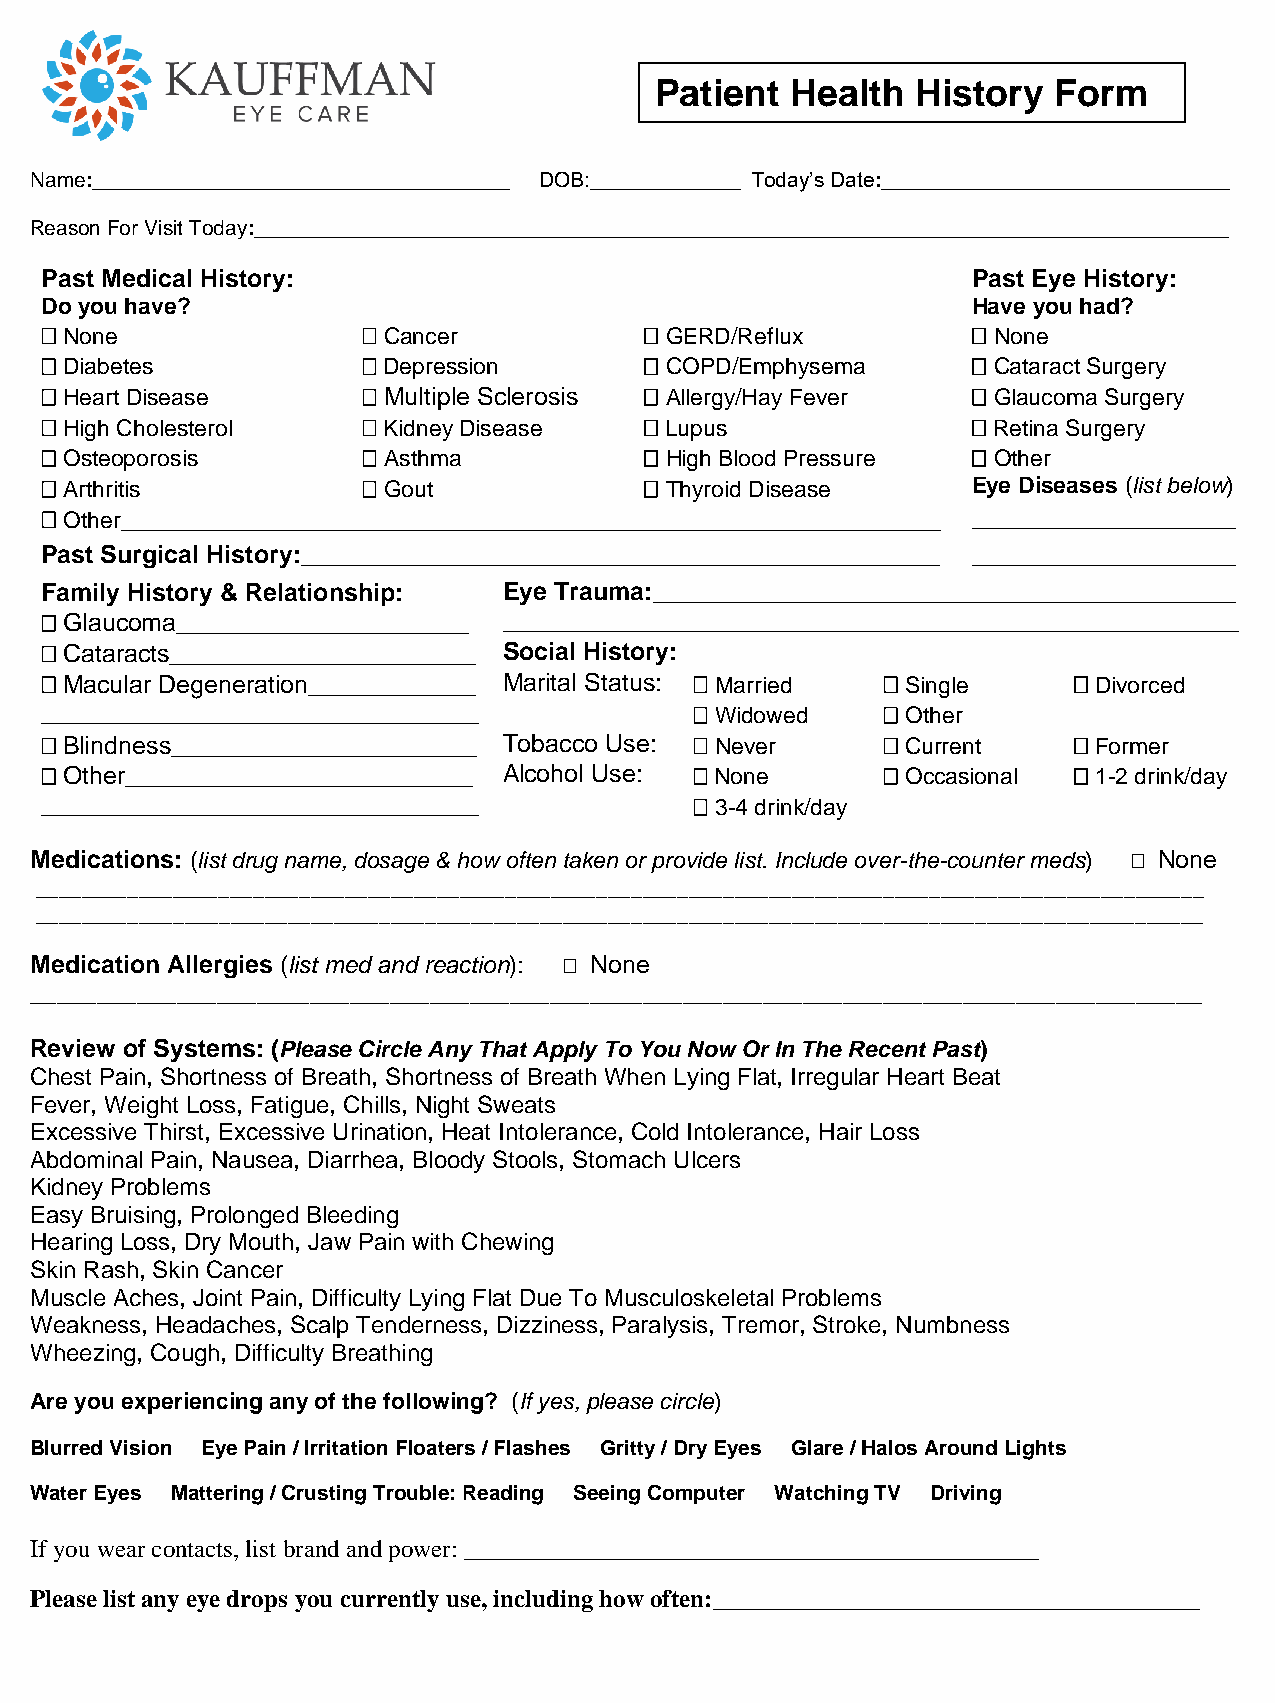
Patient  Health   History  Form
 Name:____________________________________ DOB:_____________ Today’s Date:______________________________
 Reason For Visit Today:____________________________________________________________________________________
 Past Medical History:                                        Past Eye History:
 Do you have?                                                 Have you had?
  None                Cancer            GERD/Reflux         None
  Diabetes            Depression        COPD/Emphysema      Cataract Surgery
  Heart Disease       Multiple Sclerosis  Allergy/Hay Fever  Glaucoma Surgery
  High Cholesterol    Kidney Disease    Lupus               Retina Surgery
  Osteoporosis        Asthma            High Blood Pressure  Other
  Arthritis           Gout              Thyroid Disease    Eye Diseases (list below)
  Other___________________________________________________________ ___________________
 Past Surgical History:______________________________________________ ___________________
 Family History & Relationship: Eye Trauma:__________________________________________
  Glaucoma_____________________ _____________________________________________________
  Cataracts______________________ Social History:
  Macular Degeneration____________ Marital Status:  Married  Single  Divorced
 ___________________________________         Widowed    Other
  Blindness______________________ Tobacco Use:  Never  Current     Former
  Other_________________________ Alcohol Use:  None    Occasional  1-2 drink/day
 ___________________________________         3-4 drink/day
 Medications: (list drug name, dosage & how often taken or provide list. Include over-the-counter meds)  None
 ______________________________________________________________________________________________________
 ______________________________________________________________________________________________________
 Medication Allergies (list med and reaction):  None
 ________________________________________________________________________________________
 Review of Systems: (Please Circle Any That Apply To You Now Or In The Recent Past)
 Chest Pain, Shortness of Breath, Shortness of Breath When Lying Flat, Irregular Heart Beat
 Fever, Weight Loss, Fatigue, Chills, Night Sweats
 Excessive Thirst, Excessive Urination, Heat Intolerance, Cold Intolerance, Hair Loss
 Abdominal Pain, Nausea, Diarrhea, Bloody Stools, Stomach Ulcers
 Kidney Problems
 Easy Bruising, Prolonged Bleeding
 Hearing Loss, Dry Mouth, Jaw Pain with Chewing
 Skin Rash, Skin Cancer
 Muscle Aches, Joint Pain, Difficulty Lying Flat Due To Musculoskeletal Problems
 Weakness, Headaches, Scalp Tenderness, Dizziness, Paralysis, Tremor, Stroke, Numbness
 Wheezing, Cough, Difficulty Breathing
 Are you experiencing any of the following? (If yes, please circle)
 Blurred Vision Eye Pain / Irritation Floaters / Flashes Gritty / Dry Eyes Glare / Halos Around Lights
 Water Eyes Mattering / Crusting Trouble: Reading Seeing Computer Watching TV Driving
 If you wear contacts, list brand and power: ______________________________________________
 Please list any eye drops you currently use, including how often:_______________________________________